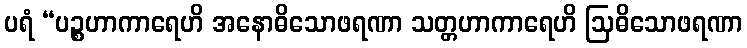
ပရံ “ပဉ္စဟာကာရေဟိ အနောဓိသောဖရဏာ သတ္တဟာကာရေဟိ ဩဓိသောဖရဏာ